Vaccination in Bombay 1924-1928 - 1924-1928
Year: 1924
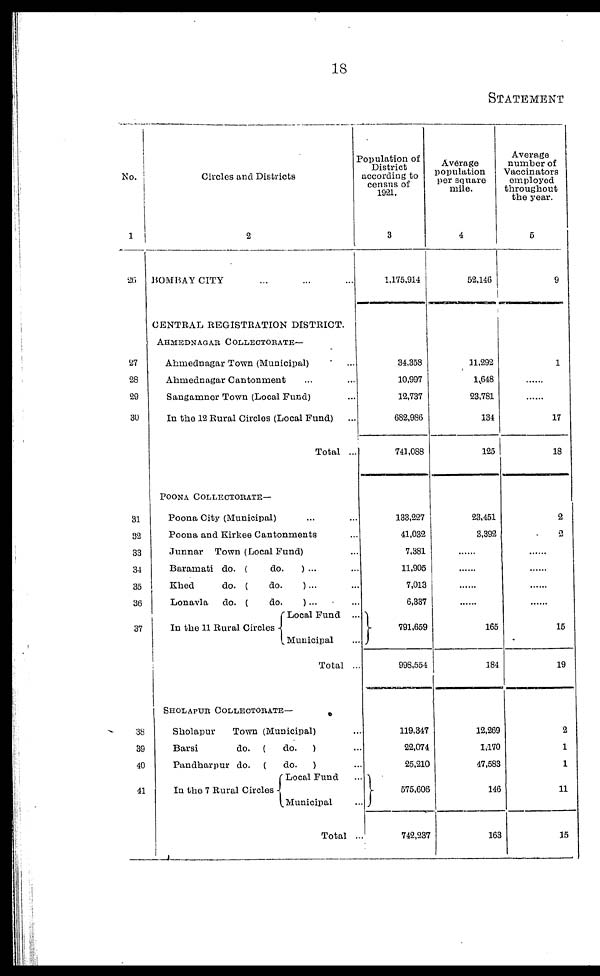
18
STATEMENT
No.
1
26
27
28
29
30
31
32
33
34
35
36
37
38
39
40
41
Circles and Districts
2
BOMBAY CITY ... ...
CENTRAL REGISTRATION DISTRICT.
AHMEDNAGAR COLLECTORATE—
Ahmednagar Town (Municipal) ...
Ahmednagar Cantonment ... ...
Sangamner Town (Local Fund) ...
In the 12 Rural Circles (Local Fund) ...
Total ...
POONA COLLECTORATE—
Poona City (Municipal) ... ...
Poona and Kirkee Cantonments ...
Junnar Town (Local Fund) ...
Baramati do. (
do.
) ... ...
Khed
do. (
do.
)... ...
Lonavla
do. (
do.
)... ...
In the 11 Rural Circles
Local Fund ...
Municipal ...
Total ...
SHOLAPUR COLLECTORATE—
Sholapur
Town (Municipal) ...
Barsi
do. (
do.
) ...
Pandharpur do. (
do.
) ...
In the 7 Rural Circles
Local Fund ...
Municipal ...
Total ...
Population of
District
according to
census of
1921.
3
1,175,914
34,358
10,997
12,737
682,986
741,088
133,227
41,032
7,381
11,905
7,013
6,337
791,659
998,554
119,347
22,074
25,210
575,606
742,237
Average
population
per square
mile.
4
52,146
11,292
1,648
23,781
134
125
23,451
3,392
......
......
......
......
165
184
12,269
1,170
47,583
146
163
Average
number of
Vaccinators
employed
throughout
the year.
5
9
1
......
......
17
18
2
2
......
......
......
......
15
19
2
1
1
11
15